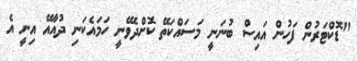
"ޑޮކްޓަރުން ފަހުން އައިސް ބުނަނީ މަސައްކަތޭ ކޮށްދެވޭނީ ހަމައެކަނި ދުއާއޭ އިނީ އެ